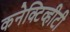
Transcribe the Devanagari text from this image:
कनेक्टिव्हीटी